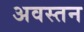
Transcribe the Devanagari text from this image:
अवस्तन